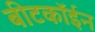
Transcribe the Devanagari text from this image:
बीटकॉईन